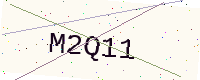
Text: M2Q11